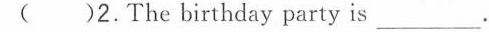
()2.The birthday party is ___.